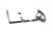
هنا